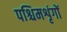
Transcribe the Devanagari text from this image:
पश्चिमशृंगों